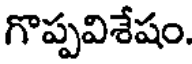
గొప్పవిశేషం.